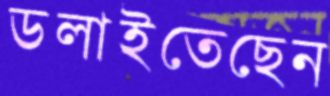
ডলাইতেছেন